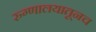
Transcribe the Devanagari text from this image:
रुग्णालयातूनच